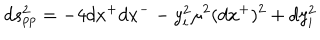
d s _ { p p } ^ { 2 } = - 4 d x ^ { + } d x ^ { -- } y _ { i } ^ { 2 } \mu ^ { 2 } ( d x ^ { + } ) ^ { 2 } + d y _ { i } ^ { 2 }